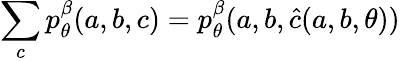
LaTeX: \sum_{c}p_{\theta}^{\beta}(a,b,c)=p_{\theta}^{\beta}(a,b,\hat{c}(a,b,\theta))